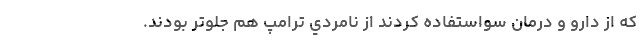
كه از دارو و درمان سواستفاده كردند از نامردي ترامپ هم جلوتر بودند.